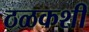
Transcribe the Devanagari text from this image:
ठळकशी